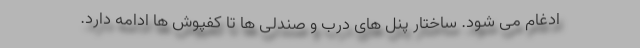
ادغام می شود. ساختار پنل های درب و صندلی ها تا کفپوش ها ادامه دارد.